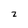
Character: z